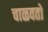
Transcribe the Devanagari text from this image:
चाळवतो